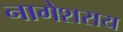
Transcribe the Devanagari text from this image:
नागेशराय